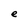
Character: e